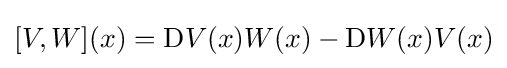
[V,W](x)=\mathrm {D} V(x)W(x)-\mathrm {D} W(x)V(x)